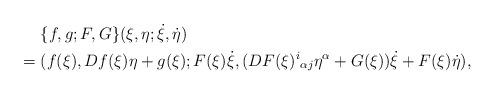
LaTeX: \begin{align*}&\hphantom{{}={}}\{f,g;F,G\}(\xi,\eta;\dot{\xi},\dot{\eta})\\*&=(f(\xi),Df(\xi)\eta+g(\xi);F(\xi)\dot{\xi},(DF(\xi)^i{}_{\alpha j}\eta^\alpha+G(\xi))\dot{\xi}+F(\xi)\dot{\eta}),\end{align*}